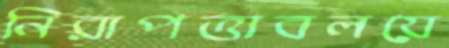
নিরাপত্তাবলয়ে